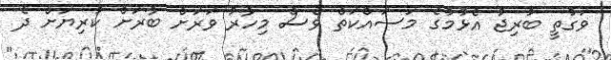
ވަގުތީ ބުރިޖު އެޅުމުގެ މަސައްކަތް ވެސް މިހާރު ވަރަށް ބާރަށް ކުރިޔަށް ދެ